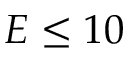
E \leq 1 0